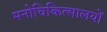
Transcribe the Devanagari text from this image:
मनोचिकित्सालयों